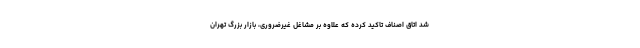
شد اتاق اصناف تاکید کرده که علاوه بر مشاغل غیرضروری، بازار بزرگ تهران